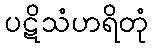
ပဋိသံဟရိတုံ